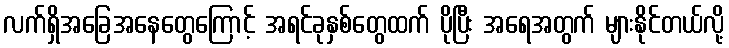
လက်ရှိအခြေအနေတွေကြောင့် အရင်ခုနှစ်တွေထက် ပိုပြီး အရေအတွက် များနိုင်တယ်လို့